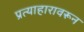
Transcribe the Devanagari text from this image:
प्रत्याहारावरून